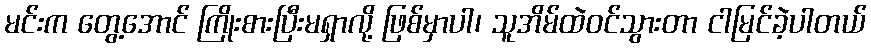
မင်းက တွေ့အောင် ကြိုးစားပြီးမရှာလို့ ဖြစ်မှာပါ၊ သူအိမ်ထဲဝင်သွားတာ ငါမြင်ခဲ့ပါတယ်